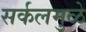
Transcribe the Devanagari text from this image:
सर्कलमुळे